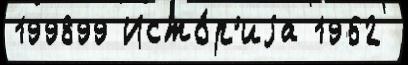
199899 Исто́р'иjа 1962